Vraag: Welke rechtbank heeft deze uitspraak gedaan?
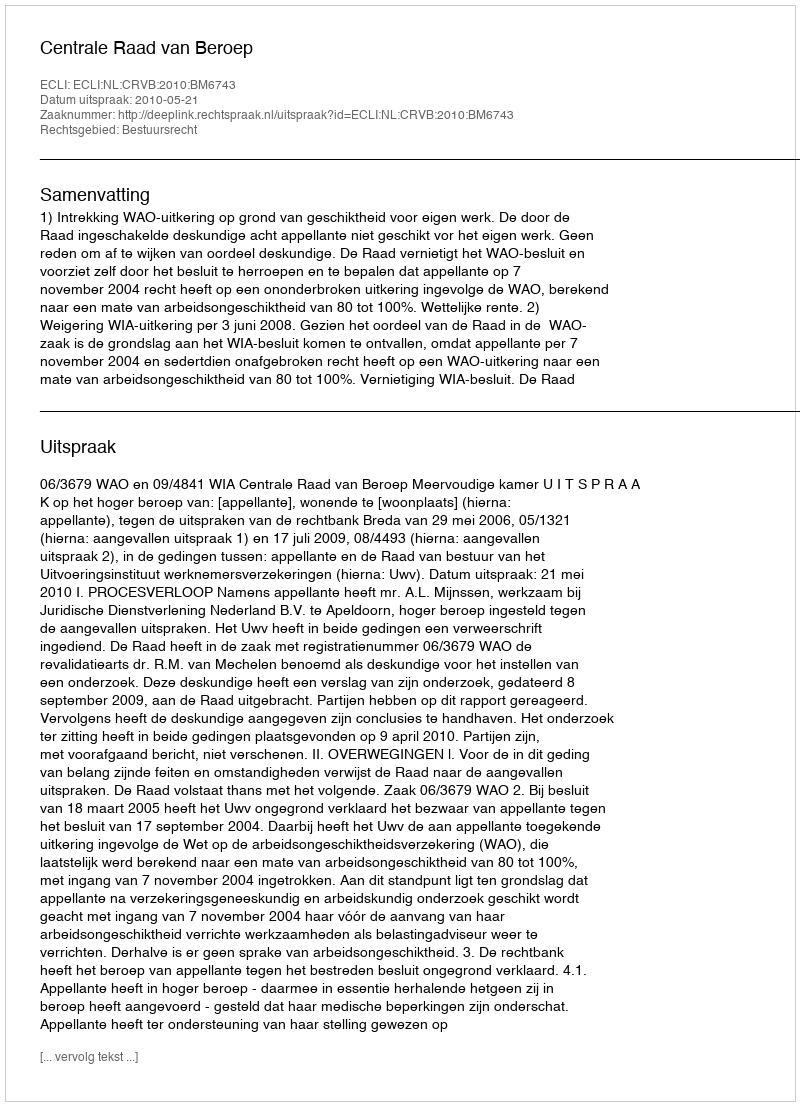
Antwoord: Centrale Raad van Beroep